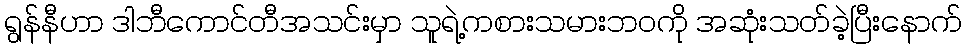
ရွန်နီဟာ ဒါဘီကောင်တီအသင်းမှာ သူရဲ့ကစားသမားဘဝကို အဆုံးသတ်ခဲ့ပြီးနောက်